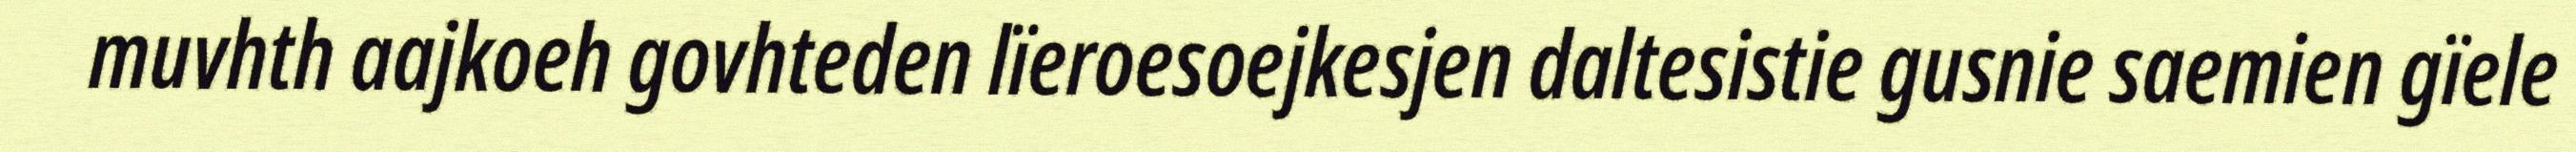
muvhth aajkoeh govhteden lïeroesoejkesjen daltesistie gusnie saemien gïele